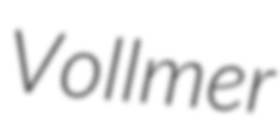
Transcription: Vollmer